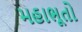
મહાભૂતો